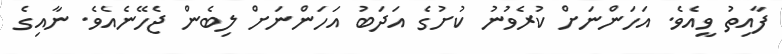
ފާއިތު ވީއެވެ. އަހަންނަށް ކުރެވުނު ކުށުގެ އަދަބު އަހަންނަށް ލިބެން ޖެހޭނެއެވެ. ނާއިގެ